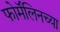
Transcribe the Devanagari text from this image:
फोर्मॅलिनच्या